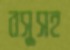
বসুসহ